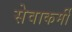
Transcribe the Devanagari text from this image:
सेवाकर्मी